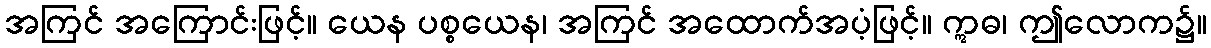
အကြင် အကြောင်းဖြင့်။ ယေန ပစ္စယေန၊ အကြင် အထောက်အပံ့ဖြင့်။ ဣဓ၊ ဤလောက၌။